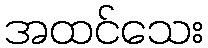
အထင်သေး